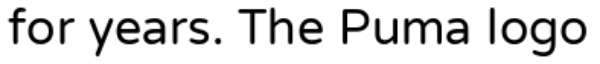
for years. The Puma logo